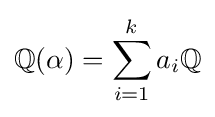
\mathbb {Q} (\alpha )=\sum _{i=1}^{k}a_{i}\mathbb {Q}